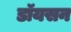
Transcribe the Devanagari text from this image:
डॉयसन